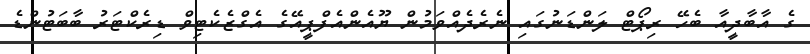
ގެ އާބާދީއާ ބެހޭ ރިޕޯޓް ލަންޑަނުގައި ނެރެދެއްވަމުން ޔޫއެންއެފްޕީއޭގެ އެގްޒެކެޓިވް ޑިރެކްޓަރު ބާބަޓުންޑެ